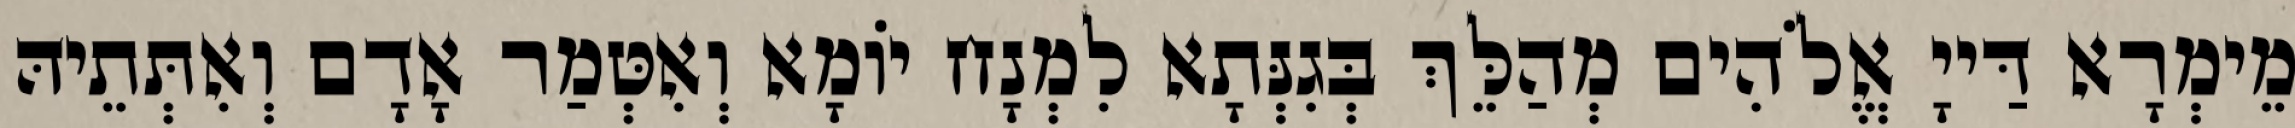
מֵימְרָא דַּייָ אֱלֹהִים מְהַלֵּךְ בְּגִנְּתָא לִמְנָח יוֹמָא וְאִטְּמַר אָדָם וְאִתְּתֵיהּ